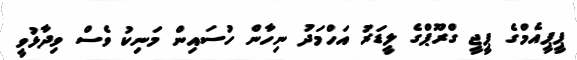
ޕީޕީއެމްގެ ޕީޖީ ގްރޫޕްގެ ލީޑަރު އަހްމަދު ނިހާން ހުސައިން މަނިކު ވެސް ވިދާޅުވީ